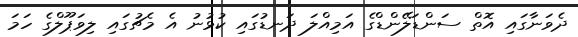
ދެވަނާގައި އޮތް ސަންޑަލޭންޑްގެ އަމިއްލަ ދަނޑުގައި ކުޅުނު އެ މެޗުގައި ލިވަޕޫލްގެ ހަމަ